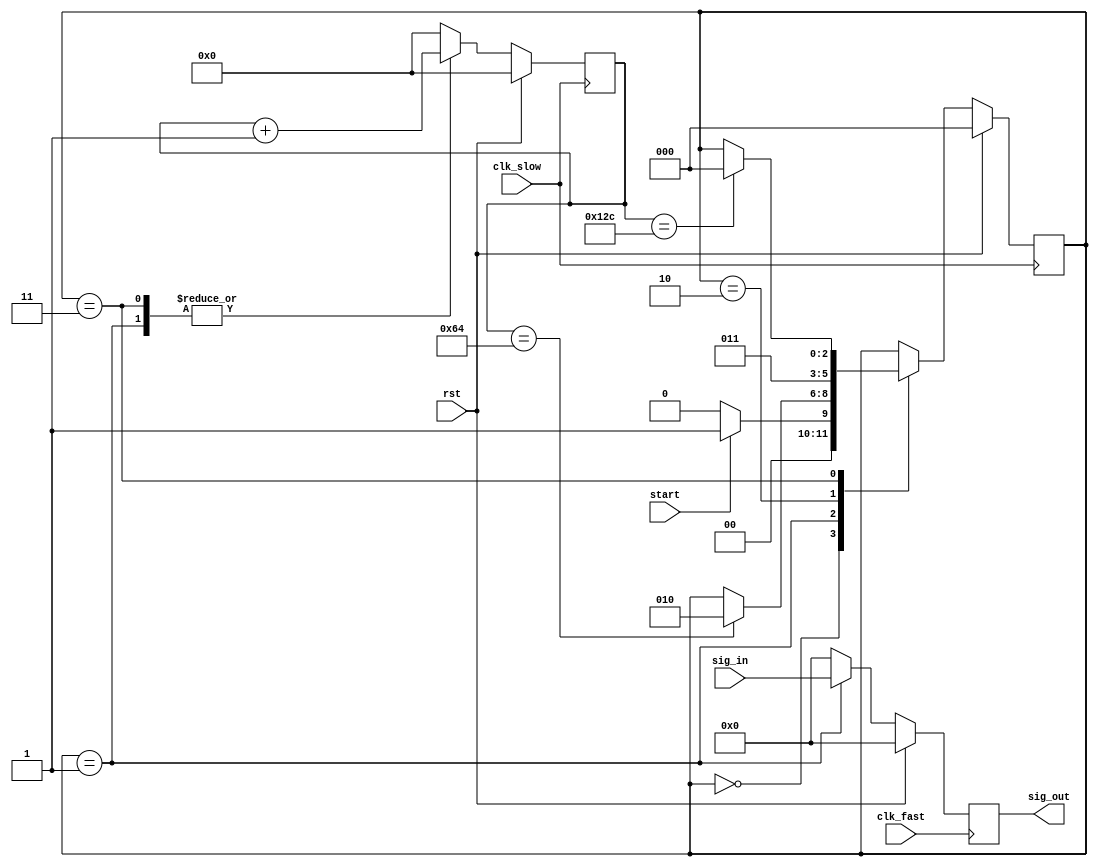
/*--------------------------------------*/
/*      AUTHOR - Stanislaw Klat         */
/*--------------------------------------*/

`timescale 1ns / 1ps

module vol_reg(
    input wire rst,
    input wire clk_slow,
    input wire clk_fast,
    input wire start,
    input wire [7:0] sig_in,
    output reg [7:0] sig_out
  );

  reg [7:0] sig_out_nxt;
  reg [2:0] state, state_nxt;
  reg [9:0] ctr, ctr_nxt;
  reg start_int_nxt, start_int, start_prev; 
  
  localparam  IDLE = 3'b000,
              RING = 3'b001,
              CLR_CTR = 3'b10,
              WAIT = 3'b11;


always @(posedge clk_slow) begin
    if(rst) begin
      start_int <= 1'b0;
      start_prev <= 1'b0;
    end
    else begin
      start_int <= start_int_nxt;
      start_prev <= start;
    end
end

always @* begin
  if(start && ~start_prev) start_int_nxt = 1'b1;
  else start_int_nxt = 1'b0;
end

always @(posedge clk_fast)
  begin
    if(rst) sig_out <= 0;
    else    sig_out <= sig_out_nxt;
  end

  always @(posedge clk_slow)
  begin
    if(rst)
    begin
      state <= 0;
      ctr <= 0;
    end
    else
    begin
      state <= state_nxt;
      ctr <= ctr_nxt;
    end
  end

  always @*
  begin
    state_nxt = state;
    ctr_nxt = 10'b0;
    sig_out_nxt = 0;
    case(state)
      IDLE:
        if(start)
          state_nxt = RING;
        else 
          state_nxt = IDLE;
      RING:
      begin
        if(ctr==10'd100)
          state_nxt = CLR_CTR;
        else 
          state_nxt = state;
        ctr_nxt = ctr + 1;
        sig_out_nxt = sig_in;
      end
      CLR_CTR: begin
        state_nxt = WAIT;
        sig_out_nxt = 0;
      end
      WAIT:
      begin
        if(ctr==10'd300)
          state_nxt = IDLE;
        else 
          state_nxt = state;
        ctr_nxt = ctr + 1;
      end
    endcase
  end



  endmodule